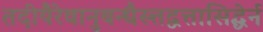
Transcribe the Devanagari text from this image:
तदीयैरेवानुबन्धैस्त्तद्वत्तासिद्धेर्न